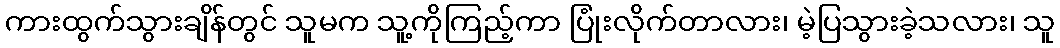
ကားထွက်သွားချိန်တွင် သူမက သူ့ကိုကြည့်ကာ ပြုံးလိုက်တာလား၊ မဲ့ပြသွားခဲ့သလား၊ သူ